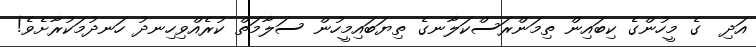
އަދި  ގެ މީހުންގެ ކިބައިން ތިމަންރަސްކަލާނގެ ތިޔަބައިމީހުން ސަލާމަތް ކުރެއްވިހިނދު ހަނދުމަކުރާށެވެ!